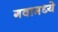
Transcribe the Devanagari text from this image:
गवामध्ये